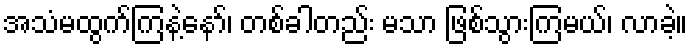
အသံမထွက်ကြနဲ့နော်၊ တစ်ခါတည်း မသာ ဖြစ်သွားကြမယ်၊ လာခဲ့။